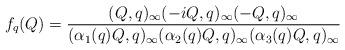
LaTeX: \begin{align*} f_q(Q) = \frac{(Q, q)_\infty (-iQ, q)_\infty (-Q, q)_\infty}{(\alpha_1(q) Q, q)_\infty (\alpha_2(q) Q, q)_\infty (\alpha_3(q) Q, q)_\infty} \end{align*}